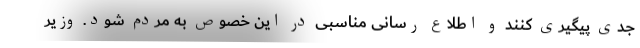
جدی پیگیری کنند و اطلاع رسانی مناسبی در این خصوص به مردم شود. وزیر